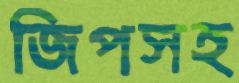
জিপসহ